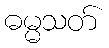
ဓမ္မသတ်